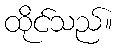
ထိုင်သည်။